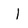
Character: I